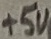
Text: +5V